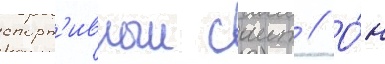
спорт'ивныи саит // О́н